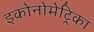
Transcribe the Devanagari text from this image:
इकोनोमेट्रिका